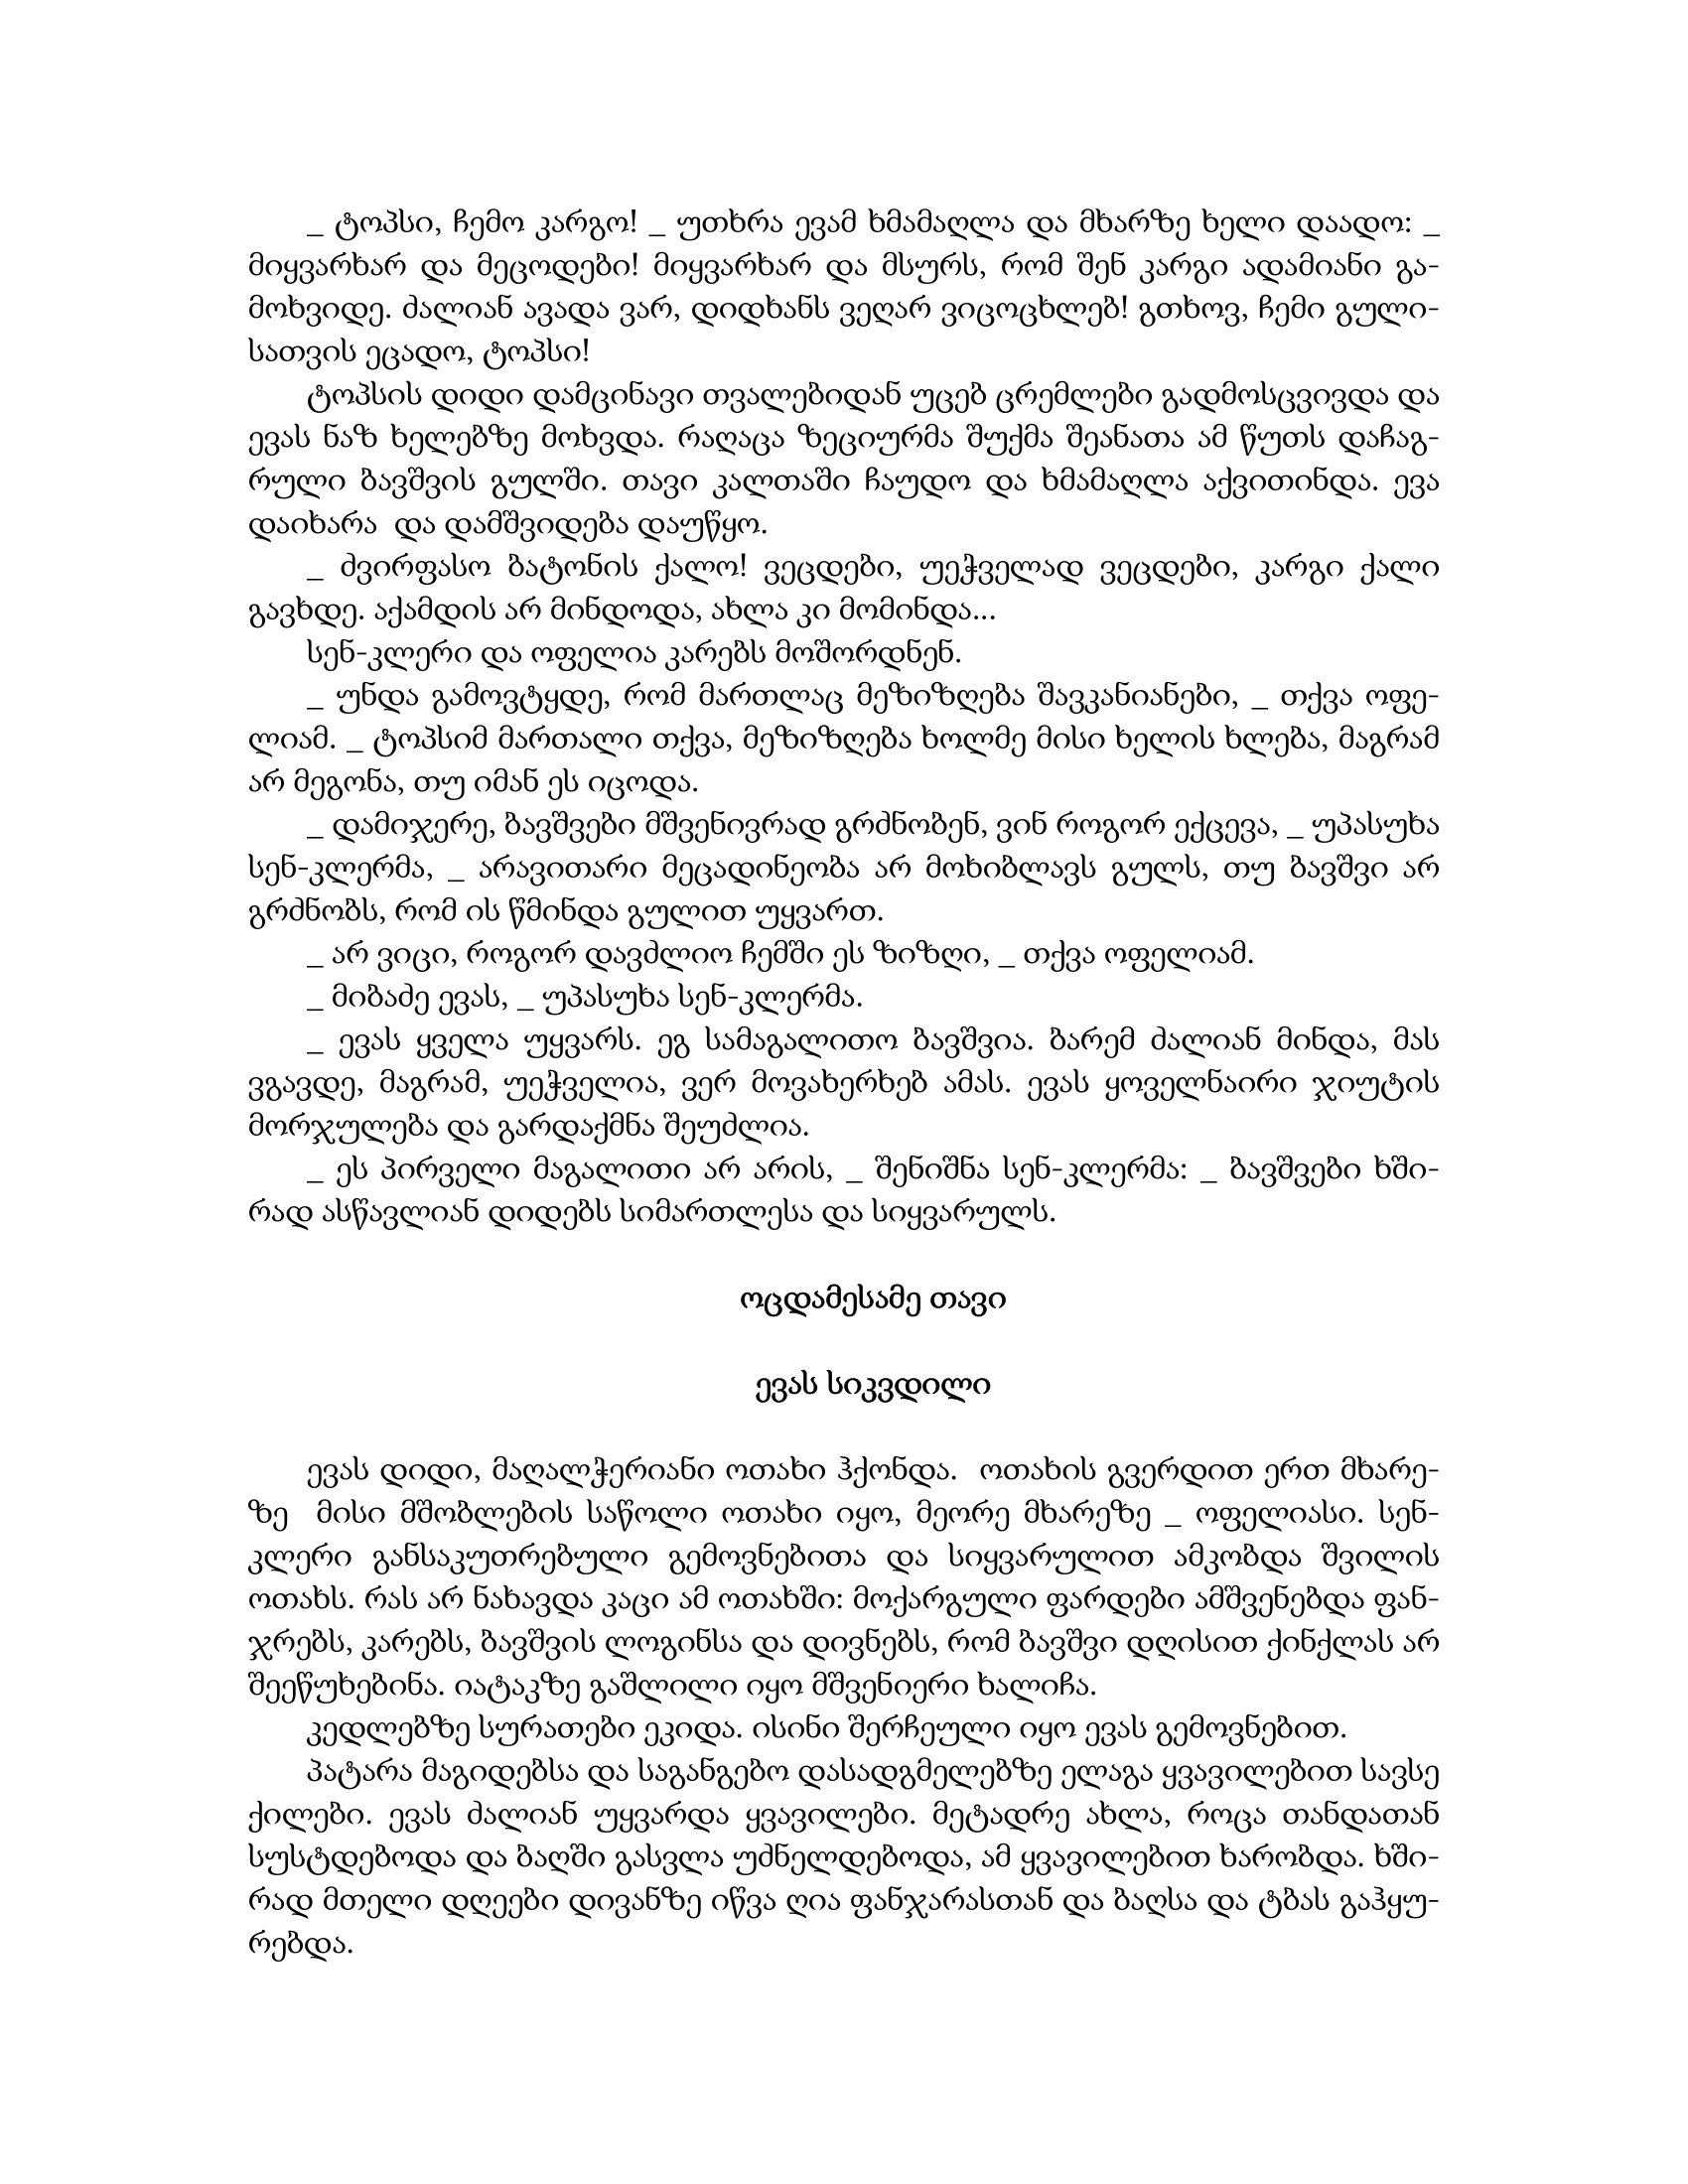
Language: gr